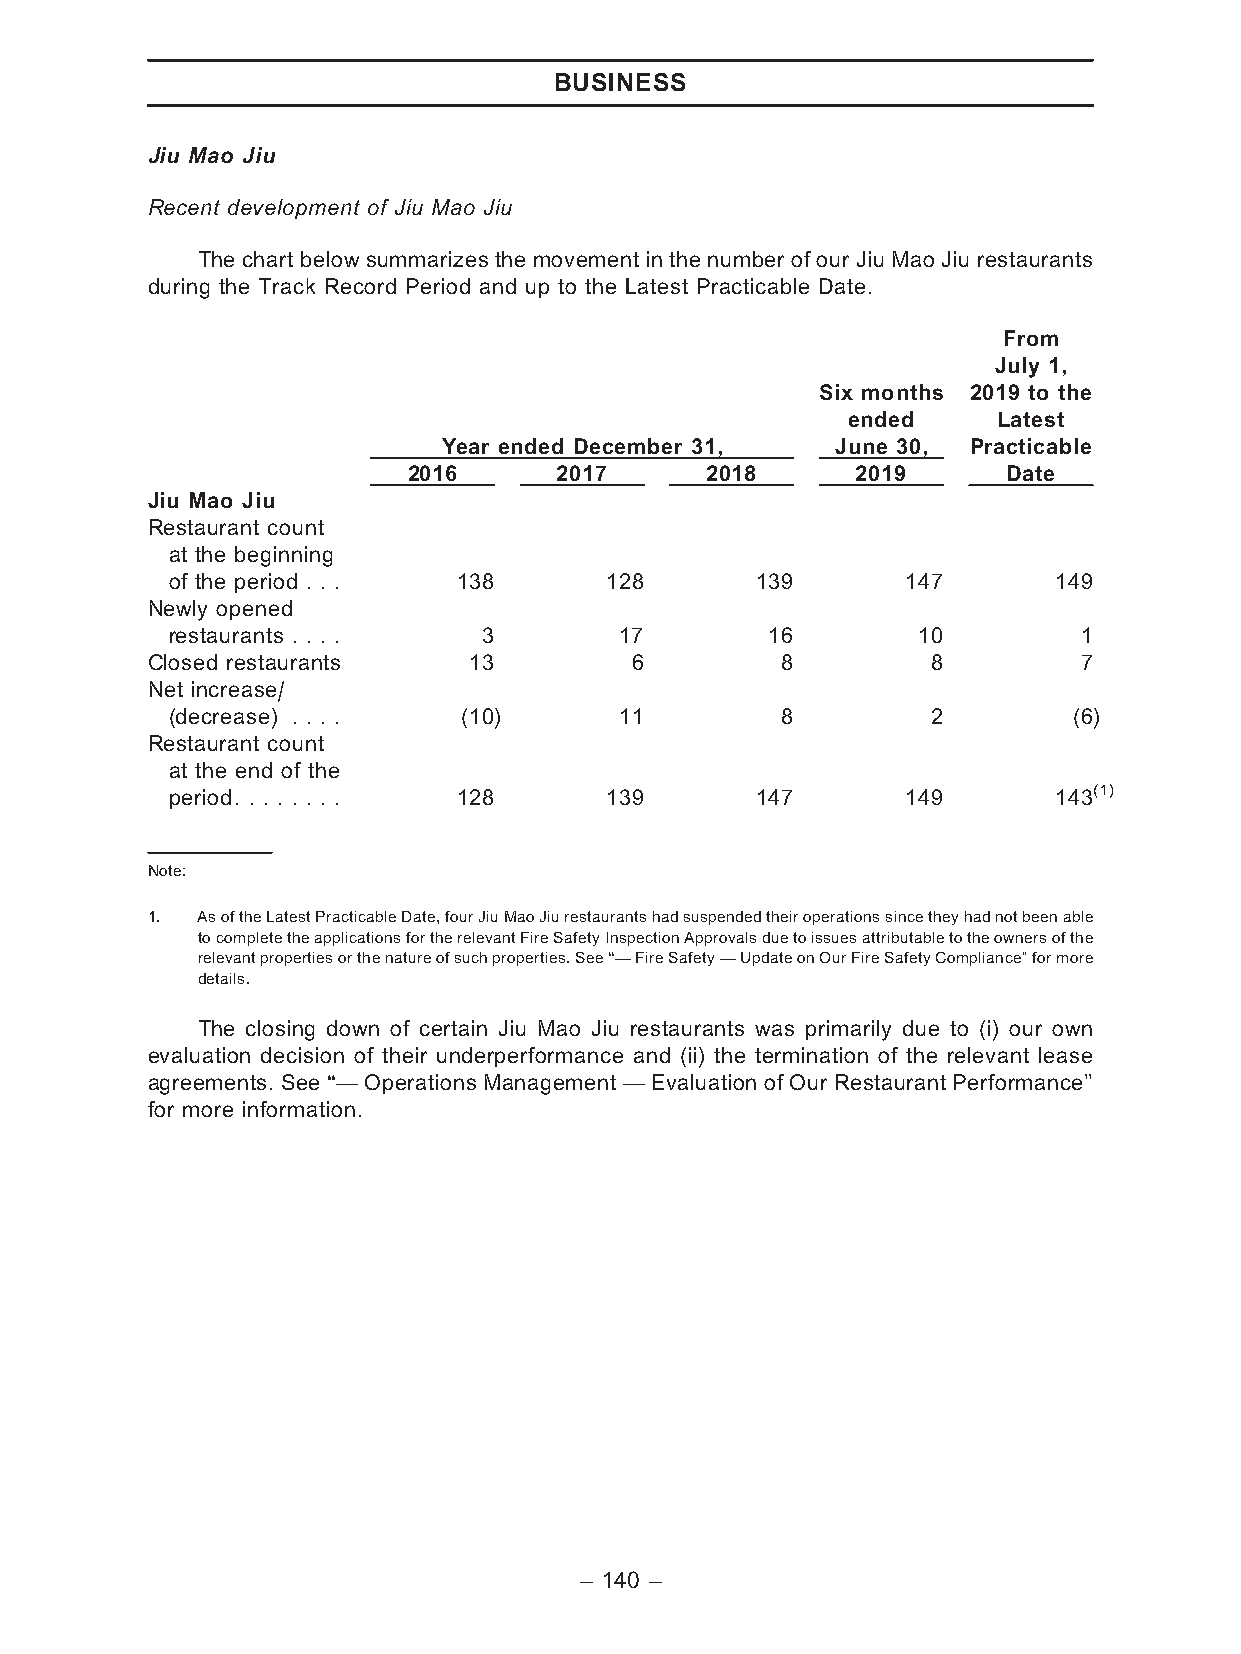
BUSINESS
 Jiu Mao Jiu
 Recent development of Jiu Mao Jiu
 The chart below summarizes the movement in the number of our Jiu Mao Jiu restaurants
 during the Track Record Period and up to the Latest Practicable Date.
 From
 July 1,
 Six months 2019 to the
 ended     Latest
 Year ended December 31,   June 30, Practicable
 2016      2017      2018      2019      Date
 Jiu Mao Jiu
 Restaurant count
 at the beginning
 of the period . . . 138      128       139       147       149
 Newly opened
 restaurants . . . .  3        17        16        10         1
 Closed restaurants   13         6         8         8         7
 Net increase/
 (decrease) . . . .  (10)      11         8         2        (6)
 Restaurant count
 at the end of the
 period. . . . . . . . 128    139       147       149       143(1)
 Note:
 1. AsoftheLatestPracticableDate,fourJiuMaoJiurestaurantshadsuspendedtheiroperationssincetheyhadnotbeenable
 tocompletetheapplicationsfortherelevantFireSafetyInspectionApprovalsduetoissuesattributabletotheownersofthe
 relevantpropertiesorthenatureofsuchproperties.See‘‘—FireSafety—UpdateonOurFireSafetyCompliance’’formore
 details.
 The closing down of certain Jiu Mao Jiu restaurants was primarily due to (i) our own
 evaluation decision of their underperformance and (ii) the termination of the relevant lease
 agreements. See ‘‘— Operations Management — Evaluation of Our Restaurant Performance’’
 for more information.
 – 140 –